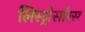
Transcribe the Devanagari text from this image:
लिस्ट्रोसॉरस